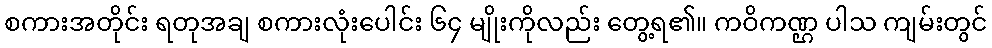
စကားအတိုင်း ရတုအချ စကားလုံးပေါင်း ၆၄ မျိုးကိုလည်း တွေ့ရ၏။ ကဝိကဏ္ဌ ပါသ ကျမ်းတွင်